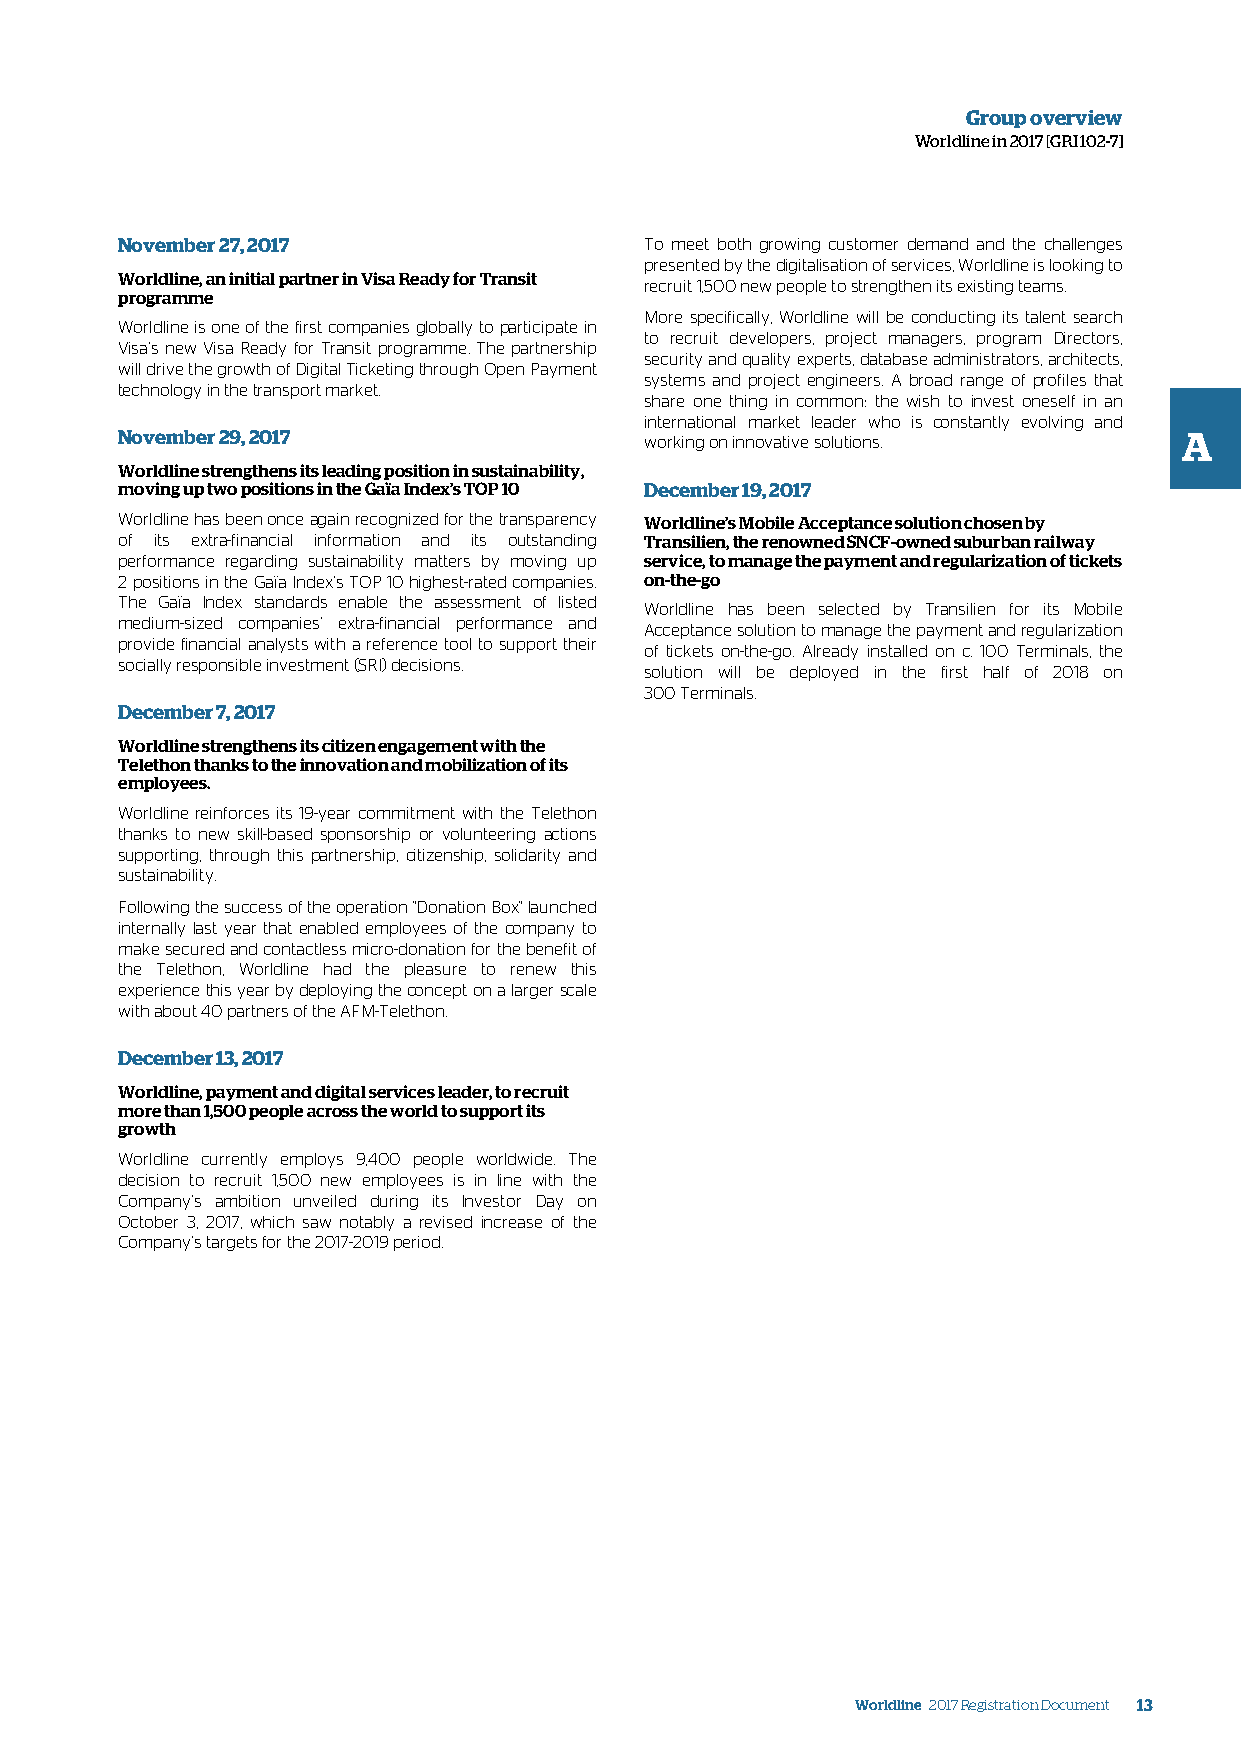
Group overview
 Worldline in 2017 [GRI 102-7]
 November 27, 2017                  To meet both growing customer demand and the challenges
 presented by the digitalisation of services, Worldline is looking to
 Worldline, an initial partner in Visa Ready for Transit
 recruit 1,500 new people to strengthen its existing teams.
 programme
 More specifically, Worldline will be conducting its talent search
 Worldline is one of the first companies globally to participate in
 to recruit developers, project managers, program Directors,
 Visa’s new Visa Ready for Transit programme. The partnership
 security and quality experts, database administrators, architects,
 will drive the growth of Digital Ticketing through Open Payment
 systems and project engineers. A broad range of profiles that
 technology in the transport market.
 share one thing in common: the wish to invest oneself in an
 international market leader who is constantly evolving and
 November 29, 2017                  working on innovative solutions.   A
 Worldline strengthens its leading position in sustainability,
 moving up two positions in the Gaïa Index’s TOP 10 December 19, 2017
 Worldline has been once again recognized for the transparency Worldline’s Mobile Acceptance solution chosen by
 of its extra-financial information and its outstanding Transilien, the renowned SNCF-owned suburban railway
 performance regarding sustainability matters by moving up service, to manage the payment and regularization of tickets
 2 positions in the Gaïa Index’s TOP 10 highest-rated companies. on-the-go
 The Gaïa Index standards enable the assessment of listed
 Worldline has been selected by Transilien for its Mobile
 medium-sized companies’ extra-financial performance and
 Acceptance solution to manage the payment and regularization
 provide financial analysts with a reference tool to support their
 of tickets on-the-go. Already installed on c. 100 Terminals, the
 socially responsible investment (SRI) decisions.
 solution will be deployed in the first half of 2018 on
 300 Terminals.
 December 7, 2017
 Worldline strengthens its citizen engagement with the
 Telethon thanks to the innovation and mobilization of its
 employees.
 Worldline reinforces its 19-year commitment with the Telethon
 thanks to new skill-based sponsorship or volunteering actions
 supporting, through this partnership, citizenship, solidarity and
 sustainability.
 Following the success of the operation "Donation Box" launched
 internally last year that enabled employees of the company to
 make secured and contactless micro-donation for the benefit of
 the Telethon, Worldline had the pleasure to renew this
 experience this year by deploying the concept on a larger scale
 with about 40 partners of the AFM-Telethon.
 December 13, 2017
 Worldline, payment and digital services leader, to recruit
 more than 1,500 people across the world to support its
 growth
 Worldline currently employs 9,400 people worldwide. The
 decision to recruit 1,500 new employees is in line with the
 Company’s ambition unveiled during its Investor Day on
 October 3, 2017, which saw notably a revised increase of the
 Company’s targets for the 2017-2019 period.
 Worldline 2017 Registration Document 13